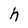
Character: h